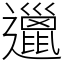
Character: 邋